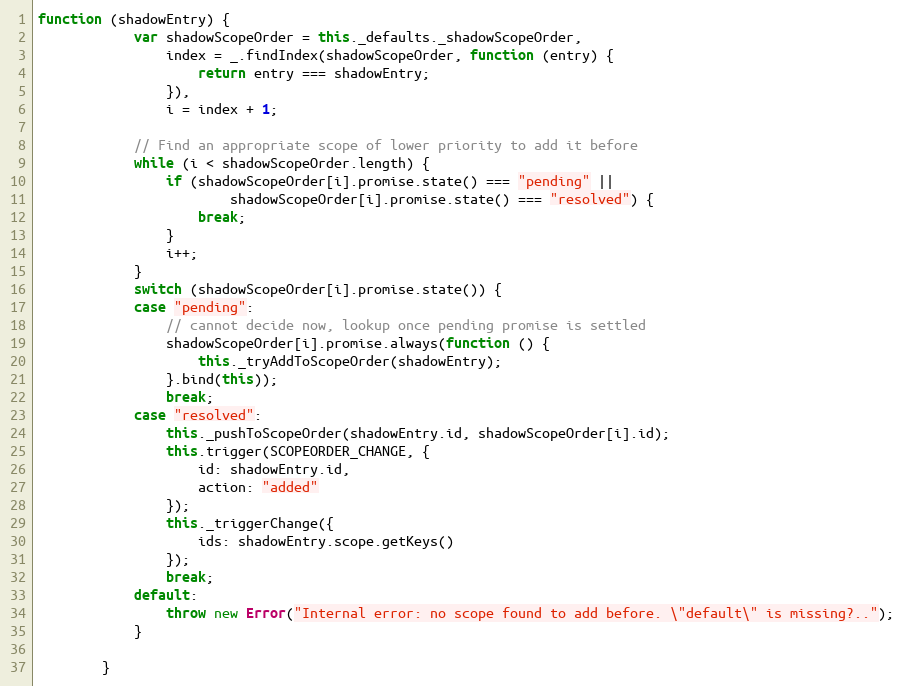
Language: JavaScript
function (shadowEntry) {
            var shadowScopeOrder = this._defaults._shadowScopeOrder,
                index = _.findIndex(shadowScopeOrder, function (entry) {
                    return entry === shadowEntry;
                }),
                i = index + 1;

            // Find an appropriate scope of lower priority to add it before
            while (i < shadowScopeOrder.length) {
                if (shadowScopeOrder[i].promise.state() === "pending" ||
                        shadowScopeOrder[i].promise.state() === "resolved") {
                    break;
                }
                i++;
            }
            switch (shadowScopeOrder[i].promise.state()) {
            case "pending":
                // cannot decide now, lookup once pending promise is settled
                shadowScopeOrder[i].promise.always(function () {
                    this._tryAddToScopeOrder(shadowEntry);
                }.bind(this));
                break;
            case "resolved":
                this._pushToScopeOrder(shadowEntry.id, shadowScopeOrder[i].id);
                this.trigger(SCOPEORDER_CHANGE, {
                    id: shadowEntry.id,
                    action: "added"
                });
                this._triggerChange({
                    ids: shadowEntry.scope.getKeys()
                });
                break;
            default:
                throw new Error("Internal error: no scope found to add before. \"default\" is missing?..");
            }

        }